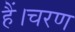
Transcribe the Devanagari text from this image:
हैं।चरण